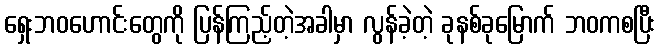
ရှေးဘဝဟောင်းတွေကို ပြန်ကြည့်တဲ့အခါမှာ လွန်ခဲ့တဲ့ ခုနစ်ခုမြောက် ဘဝကစပြီး